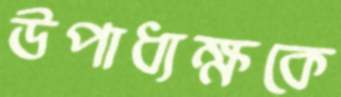
উপাধ্যক্ষকে